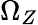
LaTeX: \Omega_{Z}